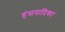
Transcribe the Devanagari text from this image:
हंसपादिका